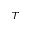
T